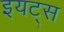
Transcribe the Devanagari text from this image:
इयट्स